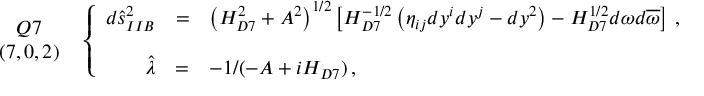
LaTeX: \begin{array} { c } { { Q 7 } } \\ { { ( 7 , 0 , 2 ) } } \end{array} \, \, \, \left\{ \begin{array} { r c l } { { d \hat { s } _ { I I B } ^ { 2 } } } & { { = } } & { { \left( H _ { D 7 } ^ { 2 } + A ^ { 2 } \right) ^ { 1 / 2 } \left[ H _ { D 7 } ^ { - 1 / 2 } \left( \eta _ { i j } d y ^ { i } d y ^ { j } - d y ^ { 2 } \right) - H _ { D 7 } ^ { 1 / 2 } d \omega d \overline { { { \omega } } } \right] \, , } } \\ { { } } & { { } } & { { } } \\ { { \hat { \lambda } } } & { { = } } & { { - 1 / ( - A + i H _ { D 7 } ) \, , } } \end{array} \right.